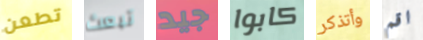
تطعن تبعث جيد كابوا وأتذكر اقم